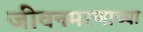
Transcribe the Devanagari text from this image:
जीवनमरणाच्या